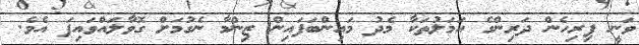
ވަނީ ފިރިހެން ދަރިންގެ އަމަލުތަކާ މެދު މައިންބަފައިން ޒިންމާ ނެގުމަށް ގޮވާލައްވައިފަ އެވެ.